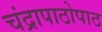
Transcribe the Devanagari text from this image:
चंद्रापाठोपाठ